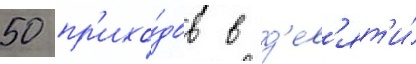
50 пр'ихо́дов в д'ев'ят'и́